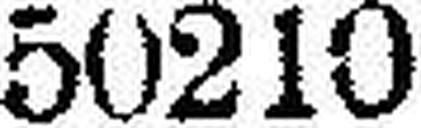
50210